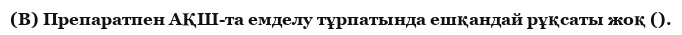
(B) Препаратпен АҚШ-та емделу тұрпатында ешқандай рұқсаты жоқ ().